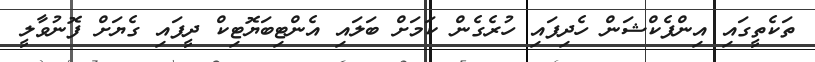
ތަކެތީގައި އިންފެކްޝަން ހެދިފައި ހުރެގެން ކަމަށް ބަލައި އެންޓިބަޔޮޓިކް ދީފައި ގެޔަށް ފޮނުވާލީ